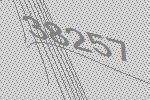
38257